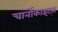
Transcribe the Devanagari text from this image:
चार्नोकाइट्स